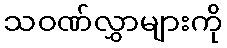
သဝဏ်လွှာများကို